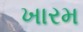
ખારમ